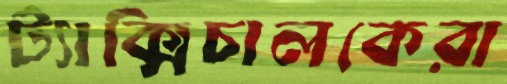
ট্যাক্সিচালকেরা